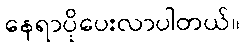
နေရာပိုပေးလာပါတယ်။